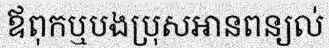
ឪពុកឬបងប្រុសអានពន្យល់